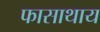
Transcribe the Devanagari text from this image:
फासाथाय